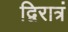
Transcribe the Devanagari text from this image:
द्विरात्रं